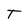
Character: T